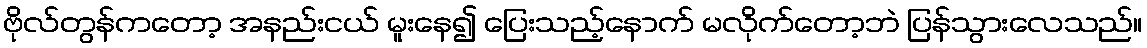
ဗိုလ်တွန်ကတော့ အနည်းငယ် မူးနေ၍ ပြေးသည့်နောက် မလိုက်တော့ဘဲ ပြန်သွားလေသည်။